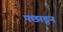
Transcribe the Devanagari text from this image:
पछाडून